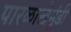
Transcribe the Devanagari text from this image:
पारळाखेमुंडी